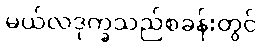
မယ်လဒုက္ခသည်စခန်းတွင်